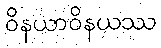
ဝိနယာဝိနယဿ